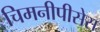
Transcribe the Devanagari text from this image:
चिमनीपीसेस